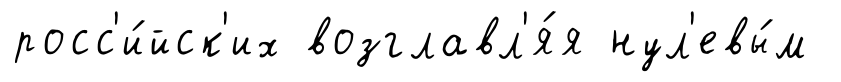
росс'и́йск'их возглавл'я́я нул'евы́м